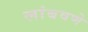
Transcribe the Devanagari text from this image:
लांबवणे